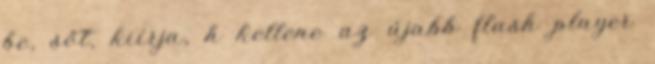
be, sőt, kiírja, h kellene az újabb flash player